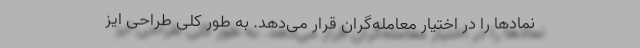
نمادها را در اختیار معامله‌گران قرار می‌دهد. به طور کلی طراحی ایز